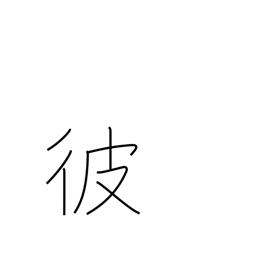
Meaning: the